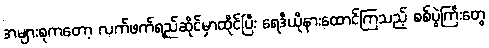
အများစုကတော့ လက်ဖက်ရည်ဆိုင်မှာထိုင်ပြီး ရေဒီယိုနားထောင်ကြသည့် စစ်ပွဲကြီးတွေ